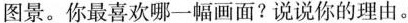
图景。你最喜欢哪一幅画面?说说你的理由。